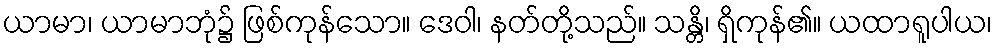
ယာမာ၊ ယာမာဘုံ၌ ဖြစ်ကုန်သော။ ဒေဝါ၊ နတ်တို့သည်။ သန္တိ၊ ရှိကုန်၏။ ယထာရူပါယ၊